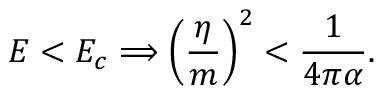
E < E _ { c } \Longrightarrow \left( \frac \eta m \right) ^ { 2 } < \frac 1 { 4 \pi \alpha } .